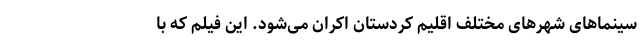
سینماهای شهرهای مختلف اقلیم کردستان اکران می‌شود. این فیلم که با